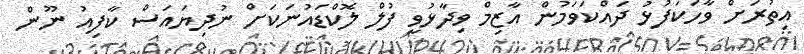
އިތުރަށް ވާހަކަފުޅު ދައްކަވަމުން އާޒިމް ވިދާޅުވީ ފުލް ލޮކްޑައުނަކަށް ނުދިޔައަސް ކާފިއު ނޫން